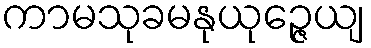
ကာမသုခမနုယုဉ္ဇေယျ